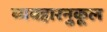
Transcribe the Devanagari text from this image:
व्यवहारनुकूल